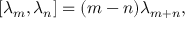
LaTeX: [ \lambda _ { m } , \lambda _ { n } ] = ( m - n ) \lambda _ { m + n } ,